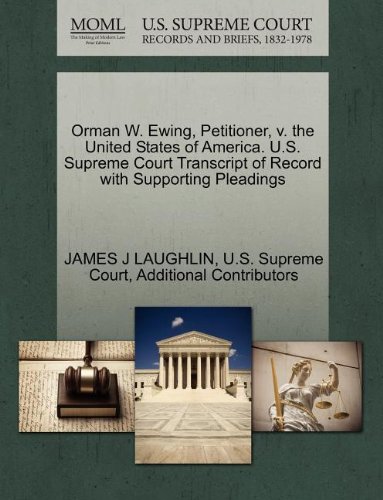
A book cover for Orman W. Ewing, Petitioner, v. the United States of America. U.S. Supreme Court Transcript of Record with Supporting Pleadings; JAMES J LAUGHLIN; Law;